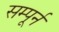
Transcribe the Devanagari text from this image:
सम्पूर्न